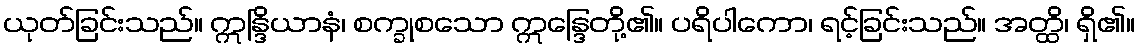
ယုတ်ခြင်းသည်။ ဣန္ဒြိယာနံ၊ စက္ခုစသော ဣန္ဒြေတို့၏။ ပရိပါကော၊ ရင့်ခြင်းသည်။ အတ္ထိ၊ ရှိ၏။